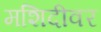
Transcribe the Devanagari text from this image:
मशिदीवर